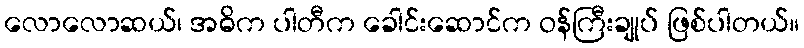
လောလောဆယ်၊ အဓိက ပါတီက ခေါင်းဆောင်က ဝန်ကြီးချုပ် ဖြစ်ပါတယ်။